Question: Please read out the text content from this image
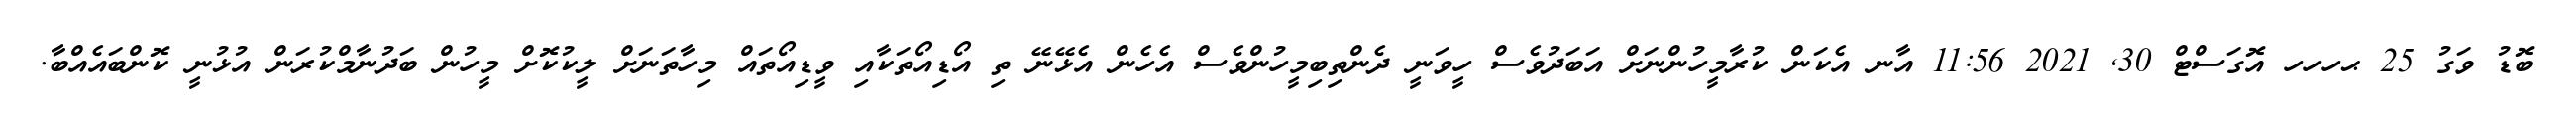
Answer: ބޮޑު ވަގު 25 ޙހހހ އޮގަސްޓް 30, 2021 11:56 އާނ އެކަން ކުރާމީހުންނަށް އަބަދުވެސް ހީވަނީ ދެންތިބިމީހުންވެސް އެހެން އެޅޭނޭ ތި އޯޑިއޯތަކާއި ވީޑިއޯތައް މިހާތަނަށް ލީކުކޮށް މީހުން ބަދުނާމްކުރަން އުޅުނީ ކޮންބައެއްބާ.